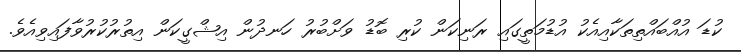
ކުޑަ އުއްބައްތިތަކާއިއެކު އުޑުމަތީގައި ރަނިކަން ކުރި ބޮޑު ވަށްބުރު ހަނދުން އިޝްގީކަން އިތުރުކުރުވާފައިވިއެވެ.